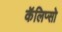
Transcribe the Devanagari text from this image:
कॅलिप्सो